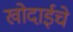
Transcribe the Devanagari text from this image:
खोदाईचे